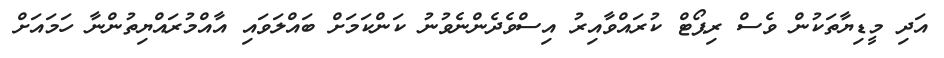
އަދި މީޑިޔާތަކުން ވެސް ރިޕޯޓް ކުރައްވާއިރު އިސްވެދެންނެވުނު ކަންކަމަށް ބައްލަވައި އާއްމުރައްޔިތުންނާ ހަމައަށް